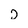
Character: j